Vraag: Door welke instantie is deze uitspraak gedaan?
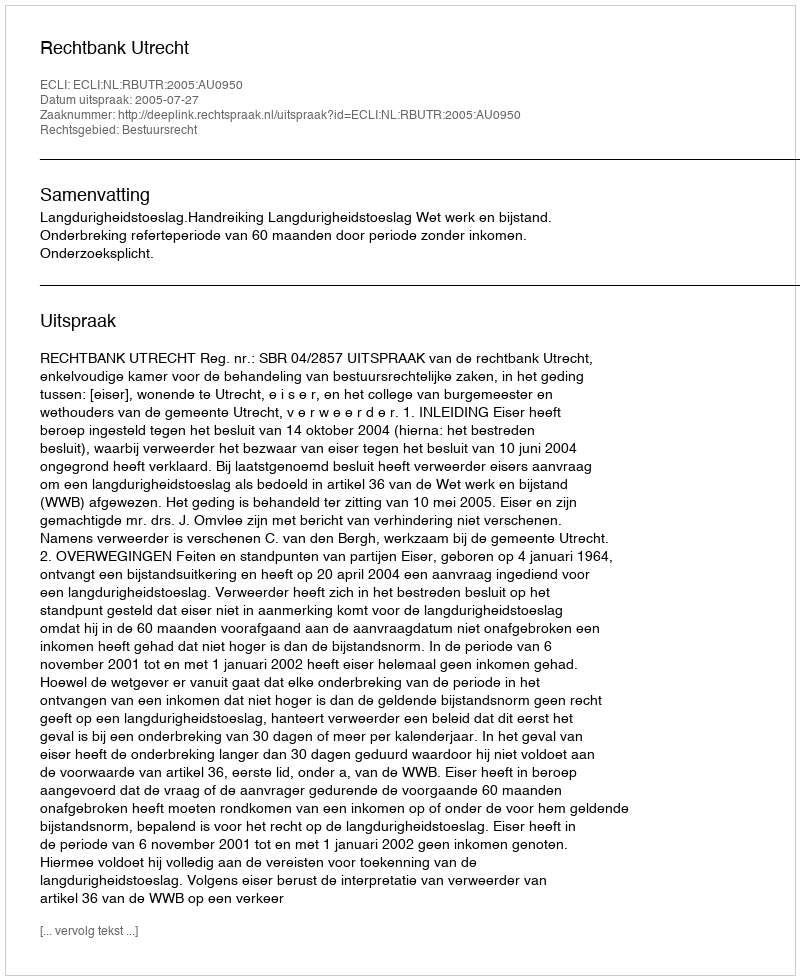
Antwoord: Rechtbank Utrecht